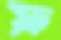
ফ